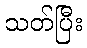
သတ်ပြီး